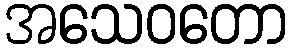
အသေဝတော